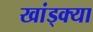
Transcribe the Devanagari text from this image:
खांड्क्या